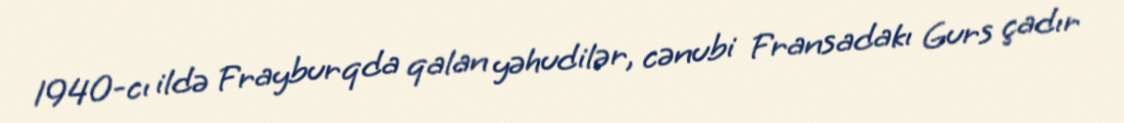
1940-cı ildə Frayburqda qalan yəhudilər, cənubi Fransadakı Gurs çadır